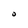
Character: O